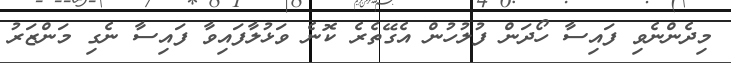
މިދެންނެވި ފައިސާ ހޯދަން ފުލުހުން އެގޭތެރެ ކޮނެ ވަޅުލާފައިވާ ފައިސާ ނެގި މަންޒަރު